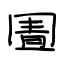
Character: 圊